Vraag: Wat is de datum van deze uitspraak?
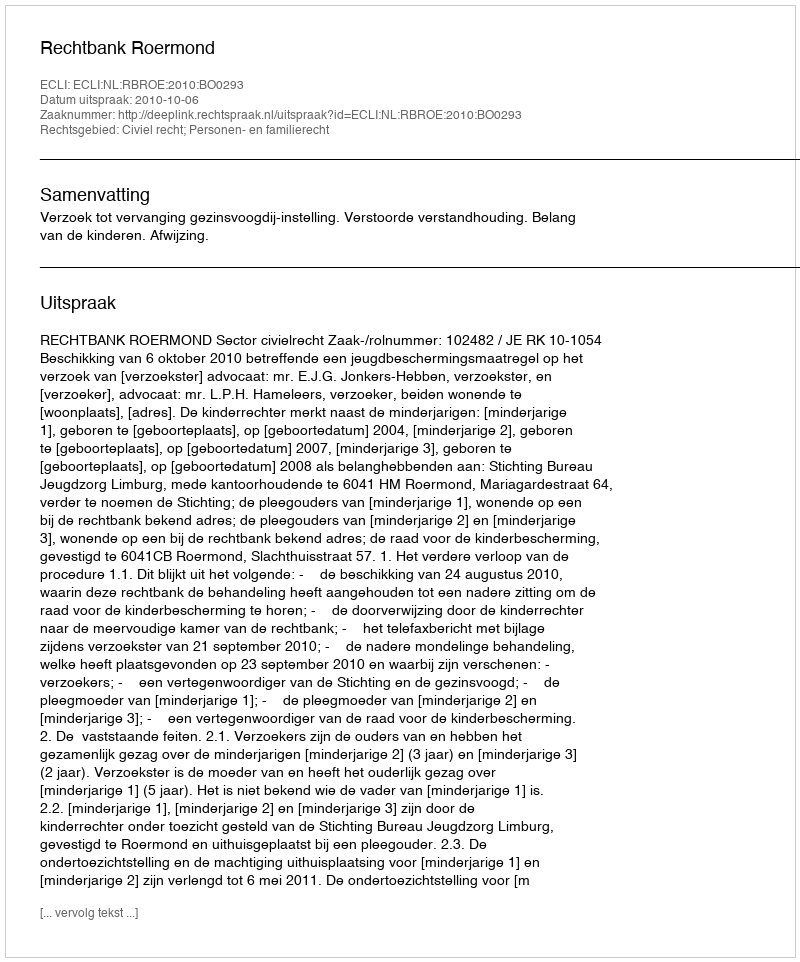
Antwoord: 2010-10-06